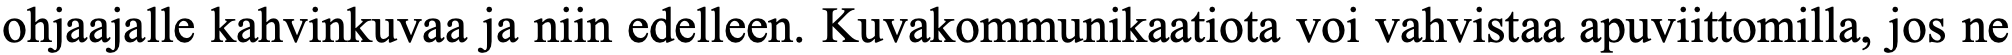
ohjaajalle kahvinkuvaa ja niin edelleen. Kuvakommunikaatiota voi vahvistaa apuviittomilla, jos ne